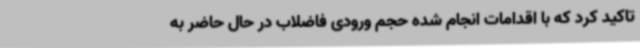
تاکید کرد که با اقدامات انجام شده حجم ورودی فاضلاب در حال حاضر به